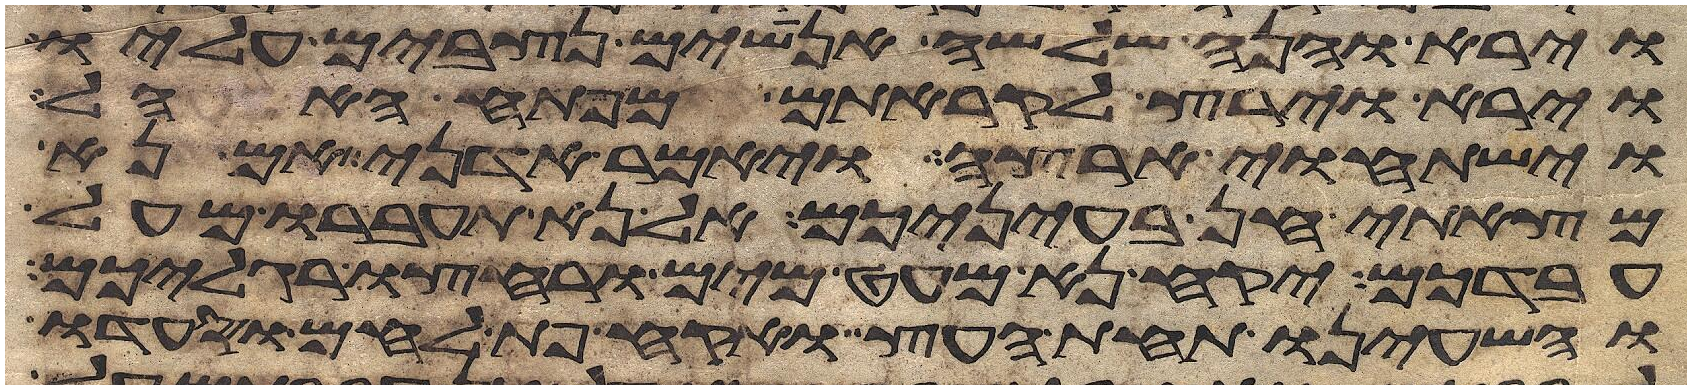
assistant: וירא והנה שלשה אנושים נצבים עליו
וירא וירץ לקראתם מפתח האהל
וישתחוי ארצה ויאמר אדני אם נא
מצאתי חן בעיניכם אל נא תעברו מעל
עבדכם יקח נא מעט מים ורחצו רגליכם
והשעינו תחת העץ ואקח פת לחם וסעדו